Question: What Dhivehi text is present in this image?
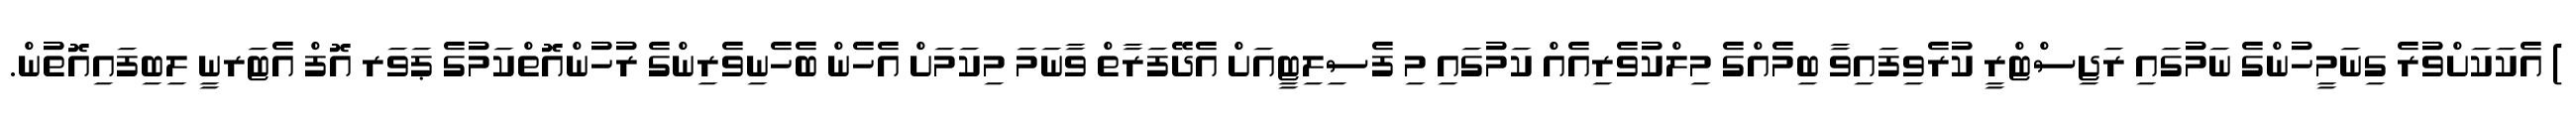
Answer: ) އެކަކަށްވުރެ ގިނަމީހުންގެ ނަމުގައި ރަޖިސްޓްރީ ކުރެވިފައިވާ ބިމެއްގެ މިލްކުވެރިއެއް ކަމުގައި މި ފެސިލިޓީއަށް އެދޭފަރާތް ވާނަމަ މިކަމަށް އެހެން ބެހެނިވެރިންގެ ރުހުންއޮތްކަމުގެ ޕަވަރ އޮފް އެޓަރނީ ލިބިފައިއޮތުން.